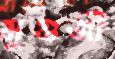
মুগুজী